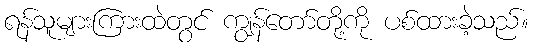
ရန်သူများကြားထဲတွင် ကျွန်တော်တို့ကို ပစ်ထားခဲ့သည်။